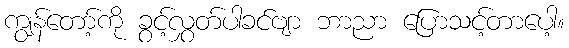
ကျွန်တော့်ကို ခွင့်လွှတ်ပါခင်ဗျာ ဘာညာ ပြောသင့်တာပေါ့။